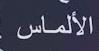
الألماس